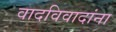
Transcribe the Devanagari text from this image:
वादविवादांना